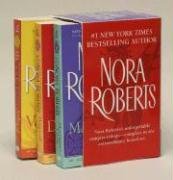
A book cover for The Circle Trilogy: Morrigan's Cross; Dance of the Gods; Valley of Silence; Nora Roberts; Romance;